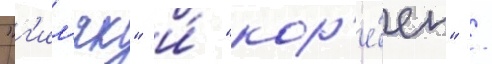
"г'ил'як" и́ "кор'е́ец" /